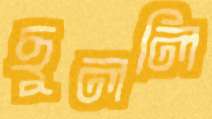
ছুললি